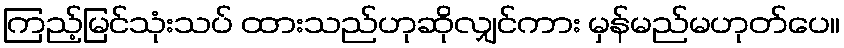
ကြည့်မြင်သုံးသပ် ထားသည်ဟုဆိုလျှင်ကား မှန်မည်မဟုတ်ပေ။